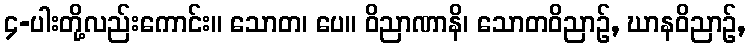
၄-ပါးတို့လည်းကောင်း။ သောတ၊ ပေ။ ဝိညာဏာနိ၊ သောတဝိညာဉ်, ဃာနဝိညာဉ်,